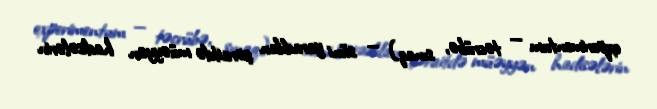
experimentum — təcrübə, sınaq) — süni yaradılan şəraitdə müəyyən hadisələrin